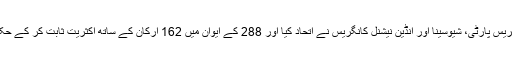
دوسری جانب نیشنلسٹ کانگریس پارٹی، شیوسینا اور انڈین نیشنل کانگریس نے اتحاد کیا اور 288 کے ایوان میں 162 ارکان کے ساتھ اکثریت ثابت کر کے حکومت بنانے کا اعلان کر دیا۔